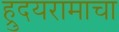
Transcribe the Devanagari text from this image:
ह्रुदयरामाचा